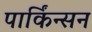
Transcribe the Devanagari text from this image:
पार्किंन्सन